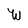
Character: W